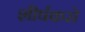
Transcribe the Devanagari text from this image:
शीर्षकसे